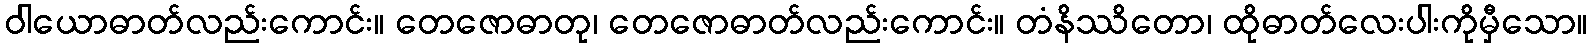
ဝါယောဓာတ်လည်းကောင်း။ တေဇောဓာတု၊ တေဇောဓာတ်လည်းကောင်း။ တံနိဿိတော၊ ထိုဓာတ်လေးပါးကိုမှီသော။